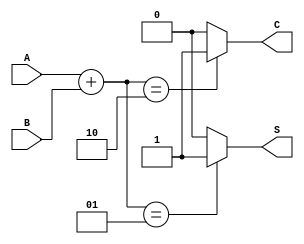
module threshold_half_adder (
    input wire A,   // First binary input
    input wire B,   // Second binary input
    output wire S,  // Sum output
    output wire C   // Carry output
);

// Threshold logic for Sum (S) and Carry (C)
assign S = (A + B) == 1 ? 1 : 0; // Sum is 1 if the total count of 1's is exactly 1
assign C = (A + B) == 2 ? 1 : 0; // Carry is 1 if the total count of 1's is exactly 2

endmodule